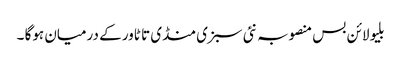
بلیو لائن بس منصوبہ نئی سبزی منڈی تا ٹاور کے درمیان ہوگا ۔